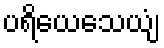
ပရိယေသေယျံ